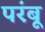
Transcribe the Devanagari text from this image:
परंबू